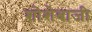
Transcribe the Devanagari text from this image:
शोशेबाजी